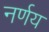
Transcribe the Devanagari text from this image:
नर्णय